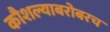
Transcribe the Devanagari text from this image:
कौशल्याबरोबरच